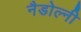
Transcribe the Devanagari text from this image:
नैडोल्नी